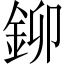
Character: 鉚